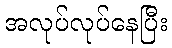
အလုပ်လုပ်နေပြီး